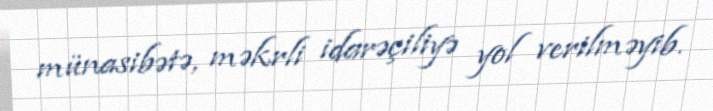
münasibətə, məkrli idarəçiliyə yol verilməyib.